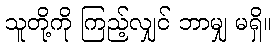
သူတို့ကို ကြည့်လျှင် ဘာမျှ မရှိ။